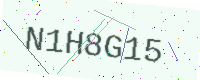
Text: N1H8G15